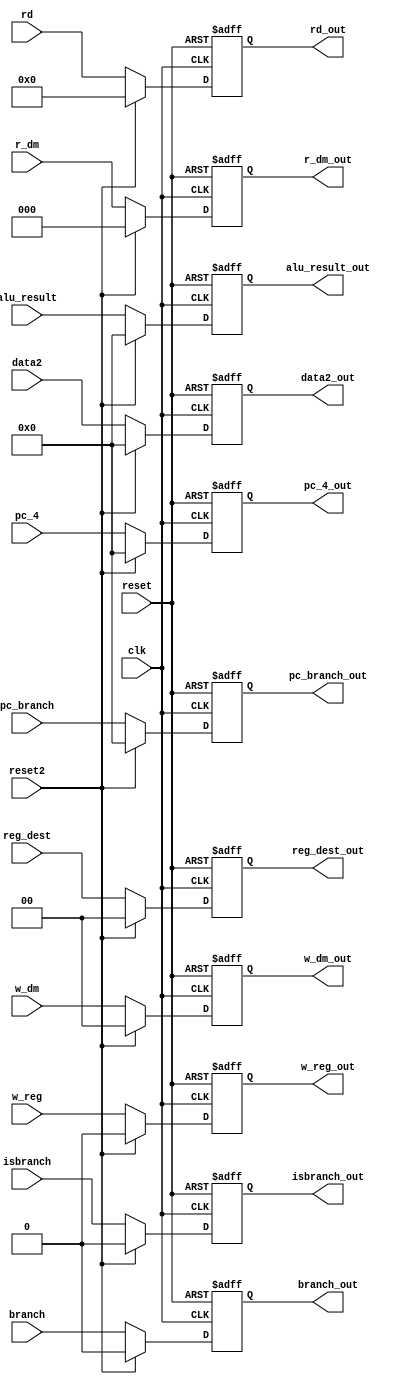
`timescale 1ps/100fs 
module alu_cache(clk, reset, reset2, w_reg, w_dm, r_dm, reg_dest, branch, pc_4, rd, alu_result, isbranch, pc_branch, data2,
						w_reg_out, w_dm_out, r_dm_out, reg_dest_out, branch_out, pc_4_out, rd_out, alu_result_out, isbranch_out, pc_branch_out, data2_out
						);
input clk, reset, w_reg, branch, isbranch, reset2;
input[1:0] w_dm, reg_dest;
input[2:0] r_dm;
input[4:0] rd;
input[31:0] pc_4, alu_result, pc_branch, data2;
output reg branch_out, isbranch_out, w_reg_out;
output reg[1:0] w_dm_out, reg_dest_out;
output reg[2:0] r_dm_out;
output reg[4:0] rd_out;
output reg[31:0] pc_4_out, alu_result_out, pc_branch_out, data2_out;

always@(posedge clk or posedge reset) begin

	if(reset) begin
		w_reg_out <= 0;
		w_dm_out <= 0;
		r_dm_out <= 0;
		reg_dest_out <= 0;
		branch_out <= 0;
		pc_4_out <= 0;
		rd_out <= 0;
		alu_result_out <= 0;
		isbranch_out <= 0;
		pc_branch_out <= 0;
		data2_out <= 0;
	end
	else if(reset2) begin
		w_reg_out <= 0;
		w_dm_out <= 0;
		r_dm_out <= 0;
		reg_dest_out <= 0;
		branch_out <= 0;
		pc_4_out <= 0;
		rd_out <= 0;
		alu_result_out <= 0;
		isbranch_out <= 0;
		pc_branch_out <= 0;
		data2_out <= 0;
	end
	else begin
		w_reg_out <=  w_reg;
		w_dm_out <=  w_dm;
		r_dm_out <=  r_dm;
		reg_dest_out <=  reg_dest;
		branch_out <=  branch;
		pc_4_out <=  pc_4;
		rd_out <=  rd;
		alu_result_out <=  alu_result;
		isbranch_out <=  isbranch;
		pc_branch_out <=  pc_branch;
		data2_out <=  data2;
	end

end

endmodule